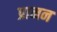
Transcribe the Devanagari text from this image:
प्रानन